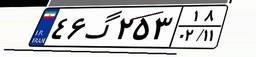
۱۳گ۸۱۵۶۶